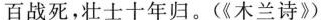
百战死，壮士十年归。(《木兰诗》)